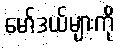
မော်ဒယ်များကို